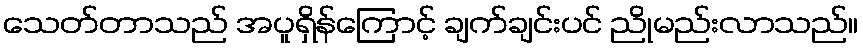
သေတ်တာသည် အပူရှိန်ကြောင့် ချက်ချင်းပင် ညိုမည်းလာသည်။